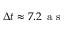
\Delta t \approx 7 . 2 \, \mathrm { ~ a ~ s ~ }